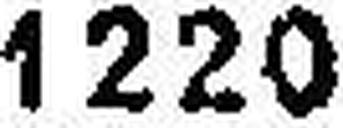
1220